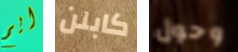
ايم كابلن وحول